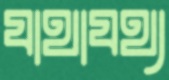
যাথাযথ্য